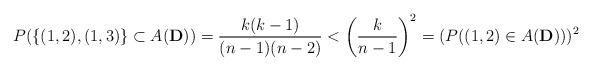
LaTeX: \begin{align*}P( \{ (1,2),(1,3) \} \subset A(\mathbf{D}))=\frac{k(k-1)}{(n-1)(n-2)}< \left(\frac{k}{n-1}\right)^2=(P((1,2)\in A(\mathbf{D})))^2 \end{align*}